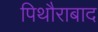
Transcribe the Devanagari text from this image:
पिथौराबाद